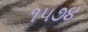
૧૫૭૪